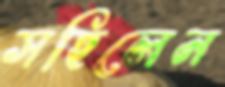
সহিলেন